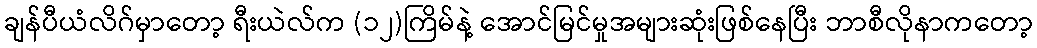
ချန်ပီယံလိဂ်မှာတော့ ရီးယဲလ်က (၁၂)ကြိမ်နဲ့ အောင်မြင်မှုအများဆုံးဖြစ်နေပြီး ဘာစီလိုနာကတော့